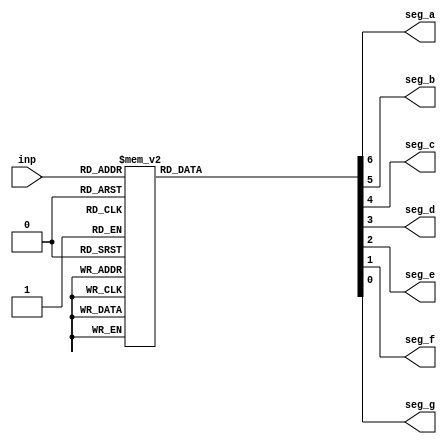
module seven_segment(
input [2:0]inp,
output reg seg_a,seg_b,seg_c,seg_d,
	seg_e,seg_f,seg_g
);

always@*
begin
case(inp)
3'b000:begin {seg_a,seg_b,seg_c,seg_d,seg_e,seg_f,seg_g}=7'b1111110; end
3'b001:begin{seg_a,seg_b,seg_c,seg_d,seg_e,seg_f,seg_g}=7'b0110000;end
3'b010:begin{seg_a,seg_b,seg_c,seg_d,seg_e,seg_f,seg_g}=7'b1101101;end
3'b011:begin{seg_a,seg_b,seg_c,seg_d,seg_e,seg_f,seg_g}=7'b1111001;end
3'b100:begin{seg_a,seg_b,seg_c,seg_d,seg_e,seg_f,seg_g}=7'b0110011;end
3'b101:begin{seg_a,seg_b,seg_c,seg_d,seg_e,seg_f,seg_g}=7'b1011011;end
3'b110:begin{seg_a,seg_b,seg_c,seg_d,seg_e,seg_f,seg_g}=7'b1011111;end
3'b111:begin{seg_a,seg_b,seg_c,seg_d,seg_e,seg_f,seg_g}=7'b1110000;end
default:begin{seg_a,seg_b,seg_c,seg_d,seg_e,seg_f,seg_g}=7'b1001111;end
endcase

end

endmodule